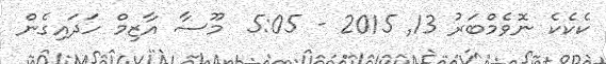
ކެކެކެ ނޮވެމްބަރު 13